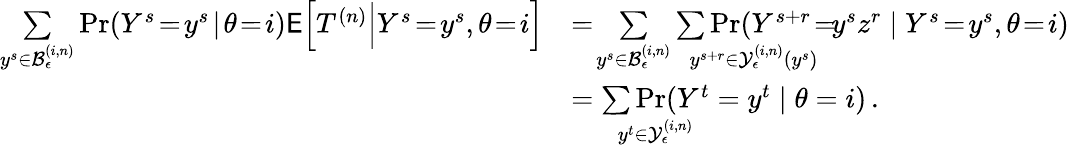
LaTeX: \begin{array}{rl}{\underset{y^{s}\in\mathcal{B}_{\epsilon}^{(i,n)}}{\sum}\operatorname*{Pr}(Y^{s}\! =\! y^{s}\! \mid\! \theta\! =\! i)\mathsf{E}\Big[T^{(n)}\Big|Y^{s}\! =\! y^{s},\theta\! =\! i\Big]}&{=\! \underset{y^{s}\in\mathcal{B}_{\epsilon}^{(i,n)}}{\sum}\underset{y^{s+r}\in\mathcal{Y}_{\epsilon}^{(i,n)}(y^{s})}{\sum\operatorname*{Pr}(Y^{s+r}\! =\! }y^{s}z^{r}\mid Y^{s}\! =\! y^{s},\theta\! =\! i)}\\ &{=\underset{y^{t}\in\mathcal{Y}_{\epsilon}^{(i,n)}}{\sum\operatorname*{Pr}(Y^{t}}=y^{t}\mid\theta=i)\, .}\end{array}